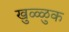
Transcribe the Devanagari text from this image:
खुळ्ळुक